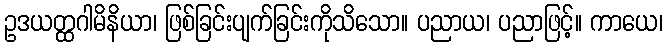
ဥဒယတ္ထဂါမိနိယာ၊ ဖြစ်ခြင်းပျက်ခြင်းကိုသိသော။ ပညာယ၊ ပညာဖြင့်။ ကာယေ၊